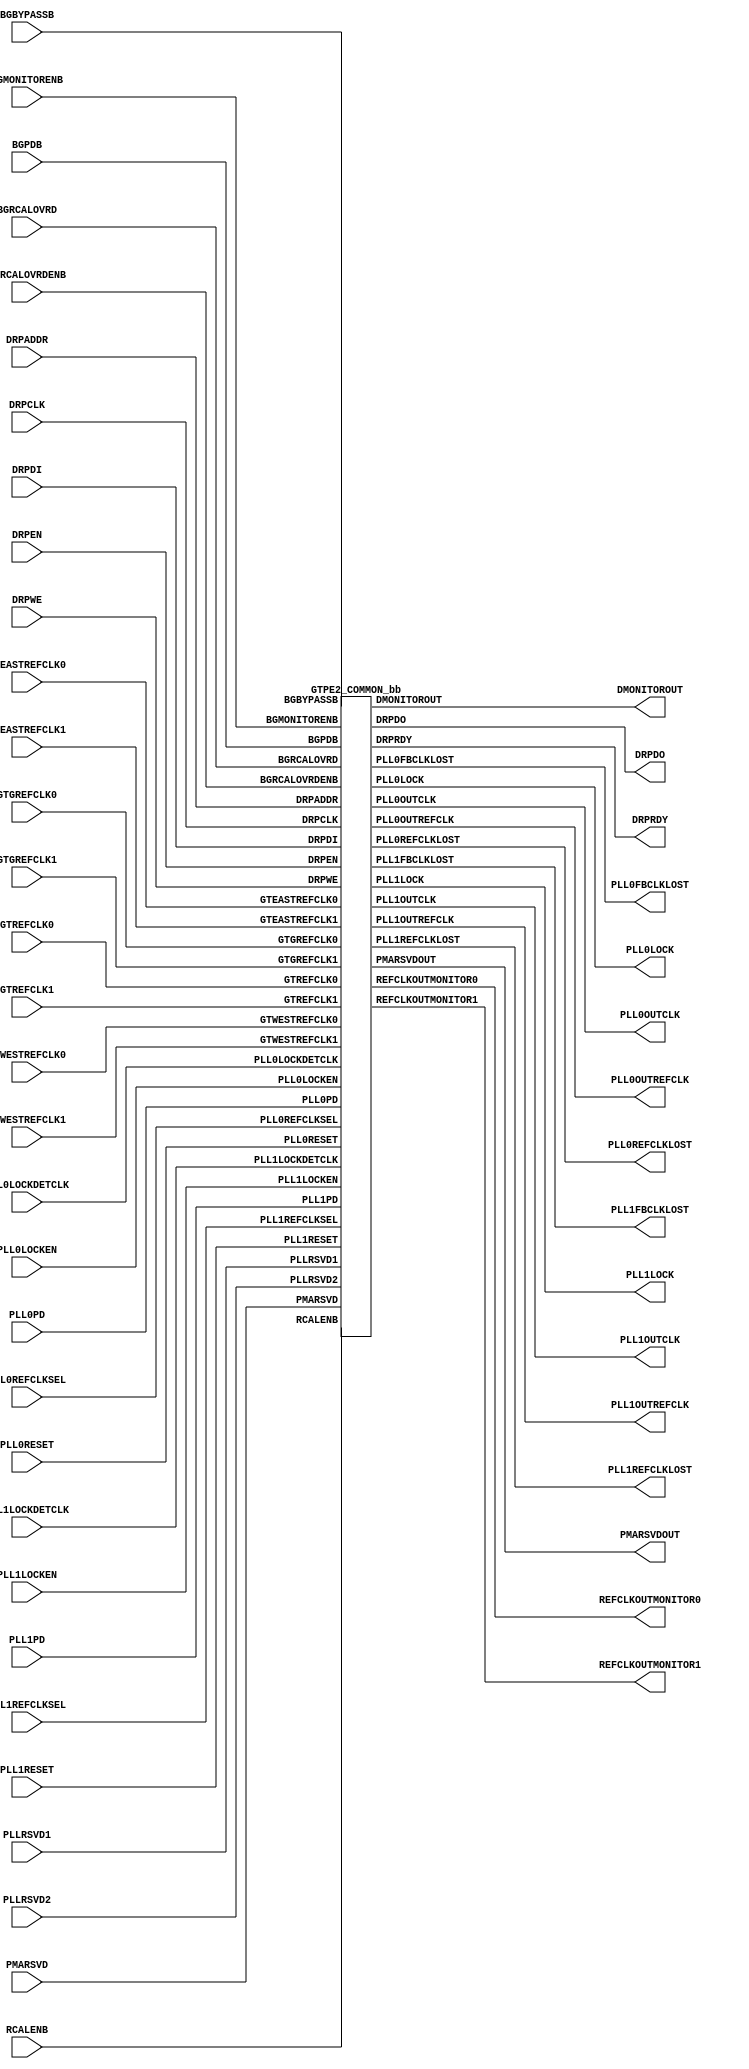
///////////////////////////////////////////////////////
//  Copyright (c) 1995/2015 Xilinx, Inc.
//  All Right Reserved.
///////////////////////////////////////////////////////
//
//   ____   ___
//  /   /\/   / 
// /___/  \  /     Vendor      : Xilinx 
// \  \    \/      Version : 2015.4
//  \  \           Description : Xilinx Formal Library Component
//  /  /                      
// /__/   /\       Filename    : GTPE2_COMMON.v
// \  \  /  \ 
//  \__\/\__ \                    
//                                 
///////////////////////////////////////////////////////
//  Revision:    1.0
// 06/02/11 - Initial version
// 09/27/11 - 626008 - YML updated
// 10/24/11 - 630158 - Add message
// 01/04/12 - 640449 - YML update
// 02/01/12 - 641156 - complete GTPE2 wrapper
// 11/14/12 - 686589 - GTPE2 YML update
// 10/31/14 - Added inverter functionality for IS_*_INVERTED parameter (CR 828995).
//  End Revision
/////////////////////////////////////////////////////////

`timescale 1 ps / 1 ps 

`celldefine

module GTPE2_COMMON (
  DMONITOROUT,
  DRPDO,
  DRPRDY,
  PLL0FBCLKLOST,
  PLL0LOCK,
  PLL0OUTCLK,
  PLL0OUTREFCLK,
  PLL0REFCLKLOST,
  PLL1FBCLKLOST,
  PLL1LOCK,
  PLL1OUTCLK,
  PLL1OUTREFCLK,
  PLL1REFCLKLOST,
  PMARSVDOUT,
  REFCLKOUTMONITOR0,
  REFCLKOUTMONITOR1,

  BGBYPASSB,
  BGMONITORENB,
  BGPDB,
  BGRCALOVRD,
  BGRCALOVRDENB,
  DRPADDR,
  DRPCLK,
  DRPDI,
  DRPEN,
  DRPWE,
  GTEASTREFCLK0,
  GTEASTREFCLK1,
  GTGREFCLK0,
  GTGREFCLK1,
  GTREFCLK0,
  GTREFCLK1,
  GTWESTREFCLK0,
  GTWESTREFCLK1,
  PLL0LOCKDETCLK,
  PLL0LOCKEN,
  PLL0PD,
  PLL0REFCLKSEL,
  PLL0RESET,
  PLL1LOCKDETCLK,
  PLL1LOCKEN,
  PLL1PD,
  PLL1REFCLKSEL,
  PLL1RESET,
  PLLRSVD1,
  PLLRSVD2,
  PMARSVD,
  RCALENB
);

  `ifdef XIL_TIMING //Simprim
     parameter LOC = "UNPLACED";
  `endif
  parameter [63:0] BIAS_CFG = 64'h0000000000000000;
  parameter [31:0] COMMON_CFG = 32'h00000000;
  parameter [0:0] IS_DRPCLK_INVERTED = 1'b0;
  parameter [0:0] IS_GTGREFCLK0_INVERTED = 1'b0;
  parameter [0:0] IS_GTGREFCLK1_INVERTED = 1'b0;
  parameter [0:0] IS_PLL0LOCKDETCLK_INVERTED = 1'b0;
  parameter [0:0] IS_PLL1LOCKDETCLK_INVERTED = 1'b0;
  parameter [26:0] PLL0_CFG = 27'h01F03DC;
  parameter [0:0] PLL0_DMON_CFG = 1'b0;
  parameter integer PLL0_FBDIV = 4;
  parameter integer PLL0_FBDIV_45 = 5;
  parameter [23:0] PLL0_INIT_CFG = 24'h00001E;
  parameter [8:0] PLL0_LOCK_CFG = 9'h1E8;
  parameter integer PLL0_REFCLK_DIV = 1;
  parameter [26:0] PLL1_CFG = 27'h01F03DC;
  parameter [0:0] PLL1_DMON_CFG = 1'b0;
  parameter integer PLL1_FBDIV = 4;
  parameter integer PLL1_FBDIV_45 = 5;
  parameter [23:0] PLL1_INIT_CFG = 24'h00001E;
  parameter [8:0] PLL1_LOCK_CFG = 9'h1E8;
  parameter integer PLL1_REFCLK_DIV = 1;
  parameter [7:0] PLL_CLKOUT_CFG = 8'b00000000;
  parameter [15:0] RSVD_ATTR0 = 16'h0000;
  parameter [15:0] RSVD_ATTR1 = 16'h0000;
  parameter [2:0] SIM_PLL0REFCLK_SEL = 3'b001;
  parameter [2:0] SIM_PLL1REFCLK_SEL = 3'b001;
  parameter SIM_RESET_SPEEDUP = "TRUE";
  parameter SIM_VERSION = "1.0";
  
  output DRPRDY;
  output PLL0FBCLKLOST;
  output PLL0LOCK;
  output PLL0OUTCLK;
  output PLL0OUTREFCLK;
  output PLL0REFCLKLOST;
  output PLL1FBCLKLOST;
  output PLL1LOCK;
  output PLL1OUTCLK;
  output PLL1OUTREFCLK;
  output PLL1REFCLKLOST;
  output REFCLKOUTMONITOR0;
  output REFCLKOUTMONITOR1;
  output [15:0] DRPDO;
  output [15:0] PMARSVDOUT;
  output [7:0] DMONITOROUT;

  input BGBYPASSB;
  input BGMONITORENB;
  input BGPDB;
  input BGRCALOVRDENB;
  input DRPCLK;
  input DRPEN;
  input DRPWE;
  input GTEASTREFCLK0;
  input GTEASTREFCLK1;
  input GTGREFCLK0;
  input GTGREFCLK1;
  input GTREFCLK0;
  input GTREFCLK1;
  input GTWESTREFCLK0;
  input GTWESTREFCLK1;
  input PLL0LOCKDETCLK;
  input PLL0LOCKEN;
  input PLL0PD;
  input PLL0RESET;
  input PLL1LOCKDETCLK;
  input PLL1LOCKEN;
  input PLL1PD;
  input PLL1RESET;
  input RCALENB;
  input [15:0] DRPDI;
  input [15:0] PLLRSVD1;
  input [2:0] PLL0REFCLKSEL;
  input [2:0] PLL1REFCLKSEL;
  input [4:0] BGRCALOVRD;
  input [4:0] PLLRSVD2;
  input [7:0] DRPADDR;
  input [7:0] PMARSVD;

   wire delay_DRPCLK;
   wire delay_GTEASTREFCLK0;
   wire delay_GTEASTREFCLK1;
   wire delay_PLL0LOCKDETCLK;
   wire delay_PLL1LOCKDETCLK;
   
   assign delay_DRPCLK = DRPCLK ^ IS_DRPCLK_INVERTED;
   assign delay_GTEASTREFCLK0 = GTEASTREFCLK0 ^ IS_GTGREFCLK0_INVERTED;
   assign delay_GTEASTREFCLK1 = GTEASTREFCLK1  ^ IS_GTGREFCLK1_INVERTED;
   assign delay_PLL0LOCKDETCLK = PLL0LOCKDETCLK ^ IS_PLL0LOCKDETCLK_INVERTED;
   assign delay_PLL1LOCKDETCLK = PLL1LOCKDETCLK^ IS_PLL1LOCKDETCLK_INVERTED;
   
   GTPE2_COMMON_bb inst_bb (
              .DMONITOROUT(DMONITOROUT),
              .DRPDO(DRPDO),
              .DRPRDY(DRPRDY),
              .PLL0FBCLKLOST(PLL0FBCLKLOST),
              .PLL0LOCK(PLL0LOCK),
              .PLL0OUTCLK(PLL0OUTCLK),
              .PLL0OUTREFCLK(PLL0OUTREFCLK),
              .PLL0REFCLKLOST(PLL0REFCLKLOST),
              .PLL1FBCLKLOST(PLL1FBCLKLOST),
              .PLL1LOCK(PLL1LOCK),
              .PLL1OUTCLK(PLL1OUTCLK),
              .PLL1OUTREFCLK(PLL1OUTREFCLK),
              .PLL1REFCLKLOST(PLL1REFCLKLOST),
              .PMARSVDOUT(PMARSVDOUT),
              .REFCLKOUTMONITOR0(REFCLKOUTMONITOR0),
              .REFCLKOUTMONITOR1(REFCLKOUTMONITOR1),
              .BGBYPASSB(BGBYPASSB),
              .BGMONITORENB(BGMONITORENB),
              .BGPDB(BGPDB),
              .BGRCALOVRD(BGRCALOVRD),
              .BGRCALOVRDENB(BGRCALOVRDENB),
              .DRPADDR(DRPADDR),
              .DRPCLK(delay_DRPCLK),
              .DRPDI(DRPDI),
              .DRPEN(DRPEN),
              .DRPWE(DRPWE),
              .GTEASTREFCLK0(delay_GTEASTREFCLK0),
              .GTEASTREFCLK1(delay_GTEASTREFCLK1),
              .GTGREFCLK0(GTGREFCLK0),
              .GTGREFCLK1(GTGREFCLK1),
              .GTREFCLK0(GTREFCLK0),
              .GTREFCLK1(GTREFCLK1),
              .GTWESTREFCLK0(GTWESTREFCLK0),
              .GTWESTREFCLK1(GTWESTREFCLK1),
              .PLL0LOCKDETCLK(delay_PLL0LOCKDETCLK),
              .PLL0LOCKEN(PLL0LOCKEN),
              .PLL0PD(PLL0PD),
              .PLL0REFCLKSEL(PLL0REFCLKSEL),
              .PLL0RESET(PLL0RESET),
              .PLL1LOCKDETCLK(delay_PLL1LOCKDETCLK),
              .PLL1LOCKEN(PLL1LOCKEN),
              .PLL1PD(PLL1PD),
              .PLL1REFCLKSEL(PLL1REFCLKSEL),
              .PLL1RESET(PLL1RESET),
              .PLLRSVD1(PLLRSVD1),
              .PLLRSVD2(PLLRSVD2),
              .PMARSVD(PMARSVD),
              .RCALENB(RCALENB)
              );

endmodule

module GTPE2_COMMON_bb (
  output DRPRDY,
  output PLL0FBCLKLOST,
  output PLL0LOCK,
  output PLL0OUTCLK,
  output PLL0OUTREFCLK,
  output PLL0REFCLKLOST,
  output PLL1FBCLKLOST,
  output PLL1LOCK,
  output PLL1OUTCLK,
  output PLL1OUTREFCLK,
  output PLL1REFCLKLOST,
  output REFCLKOUTMONITOR0,
  output REFCLKOUTMONITOR1,
  output [15:0] DRPDO,
  output [15:0] PMARSVDOUT,
  output [7:0] DMONITOROUT,

  input BGBYPASSB,
  input BGMONITORENB,
  input BGPDB,
  input BGRCALOVRDENB,
  input DRPCLK,
  input DRPEN,
  input DRPWE,
  input GTEASTREFCLK0,
  input GTEASTREFCLK1,
  input GTGREFCLK0,
  input GTGREFCLK1,
  input GTREFCLK0,
  input GTREFCLK1,
  input GTWESTREFCLK0,
  input GTWESTREFCLK1,
  input PLL0LOCKDETCLK,
  input PLL0LOCKEN,
  input PLL0PD,
  input PLL0RESET,
  input PLL1LOCKDETCLK,
  input PLL1LOCKEN,
  input PLL1PD,
  input PLL1RESET,
  input RCALENB,
  input [15:0] DRPDI,
  input [15:0] PLLRSVD1,
  input [2:0] PLL0REFCLKSEL,
  input [2:0] PLL1REFCLKSEL,
  input [4:0] BGRCALOVRD,
  input [4:0] PLLRSVD2,
  input [7:0] DRPADDR,
  input [7:0] PMARSVD
              );

endmodule

`endcelldefine